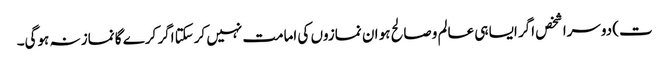
ت) دوسرا شخص اگر ایسا ہی عالم وصالح ہو ان نمازوں کی امامت نہیں کرسکتا اگر کرے گا نماز نہ ہوگی۔